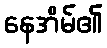
နေအိမ်၏